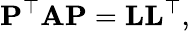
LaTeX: \mathbf{P}^{\top}\mathbf{A}\mathbf{P}=\mathbf{L}\mathbf{L}^{\top},